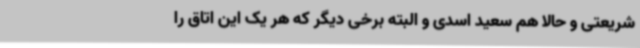
شریعتی و حالا هم سعید اسدی و البته برخی دیگر که هر یک این اتاق را